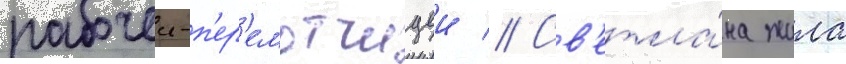
рабочеи-п'ер'емотчицеи // Св'етла́на жила